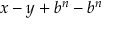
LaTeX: x - y + b ^ { n } - b ^ { n }